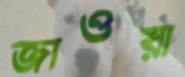
জাওয়া